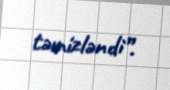
təmizləndi”.